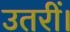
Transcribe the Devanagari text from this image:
उतरीं।